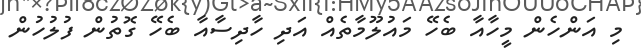
މި އަަންހެން މީހާއާ ބެހޭ މައުލޫމާތެއް އަދި ހާދިސާއާ ބެހޭ ގޮތުން ފުލުހުން